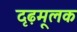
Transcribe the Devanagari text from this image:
दृढ़मूलक